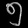
Digit: ၅